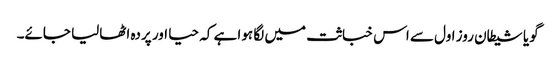
گویا شیطان روز اول سے اس خباثت میں لگا ہوا ہے کہ حیا اور پردہ اٹھالیا جائے۔